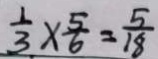
\frac { 1 } { 3 } \times \frac { 5 } { 6 } = \frac { 5 } { 1 8 }